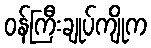
ဝန်ကြီးချုပ်ကျိုက